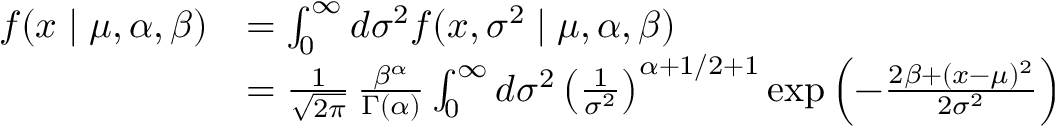
{ \begin{array} { r l } { f ( x \mid \mu , \alpha , \beta ) } & { = \int _ { 0 } ^ { \infty } d \sigma ^ { 2 } f ( x , \sigma ^ { 2 } \mid \mu , \alpha , \beta ) } \\ & { = { \frac { 1 } { \sqrt { 2 \pi } } } \, { \frac { \beta ^ { \alpha } } { \Gamma ( \alpha ) } } \int _ { 0 } ^ { \infty } d \sigma ^ { 2 } \left( { \frac { 1 } { \sigma ^ { 2 } } } \right) ^ { \alpha + 1 / 2 + 1 } \exp \left( - { \frac { 2 \beta + ( x - \mu ) ^ { 2 } } { 2 \sigma ^ { 2 } } } \right) } \end{array} }